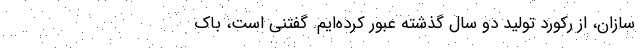
سازان، از رکورد تولید دو سال گذشته عبور کرده‌ایم. گفتنی است، باک